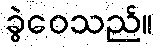
ခွဲဝေသည်။